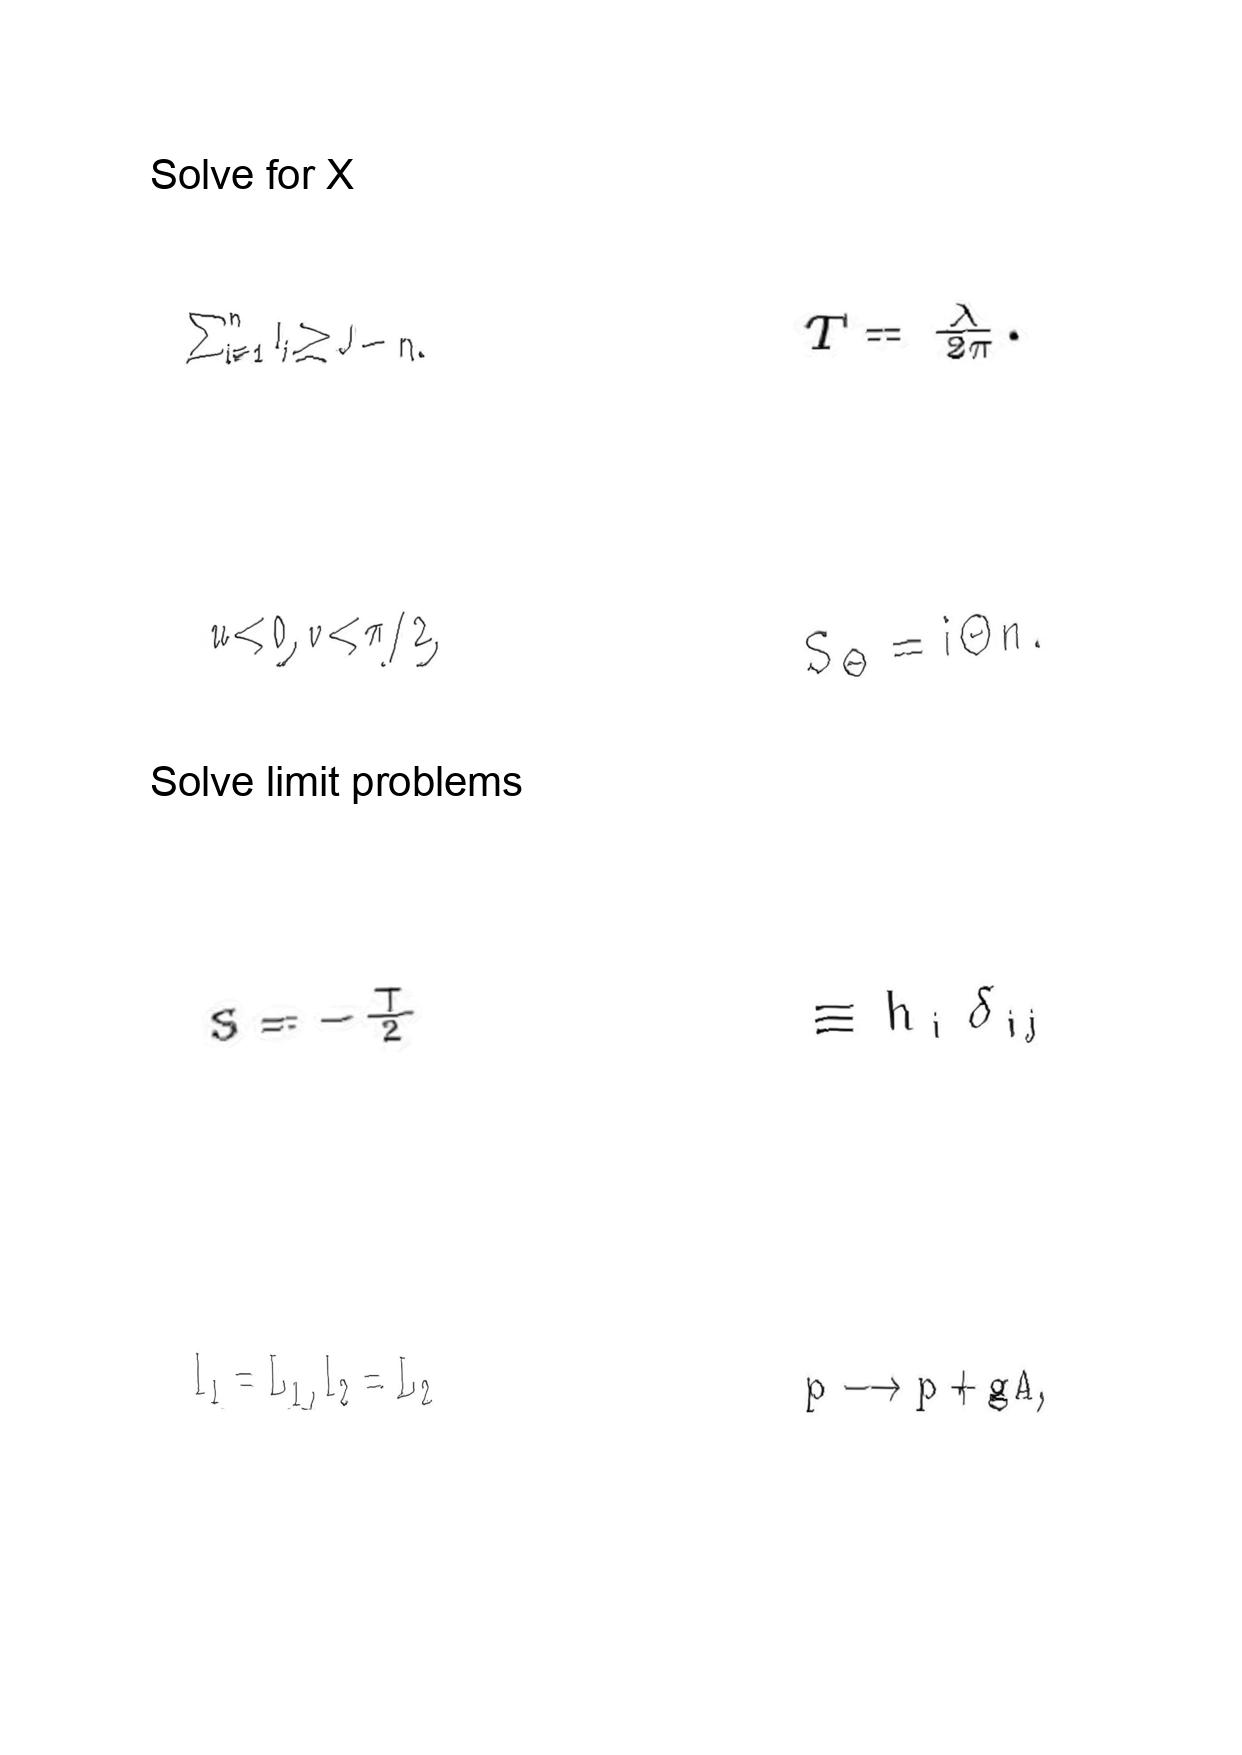
LaTeX transcription:
\sum _ { i = 1 } ^ { n } l _ { i } \geq J - n .
u \lt 0 , v \lt \pi / 2 ,
S = - \frac { T } { 2 }
l _ { 1 } = L _ { 1 } , l _ { 2 } = L _ { 2 }
T = \frac { \lambda } { 2 \pi } .
S _ { \Theta } = i \Theta n .
\equiv h _ { i } \delta _ { i j }
p \longrightarrow p + g A ,